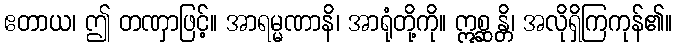
ဧတာယ၊ ဤ တဏှာဖြင့်။ အာရမ္မဏာနိ၊ အာရုံတို့ကို။ ဣစ္ဆန္တိ၊ အလိုရှိကြကုန်၏။